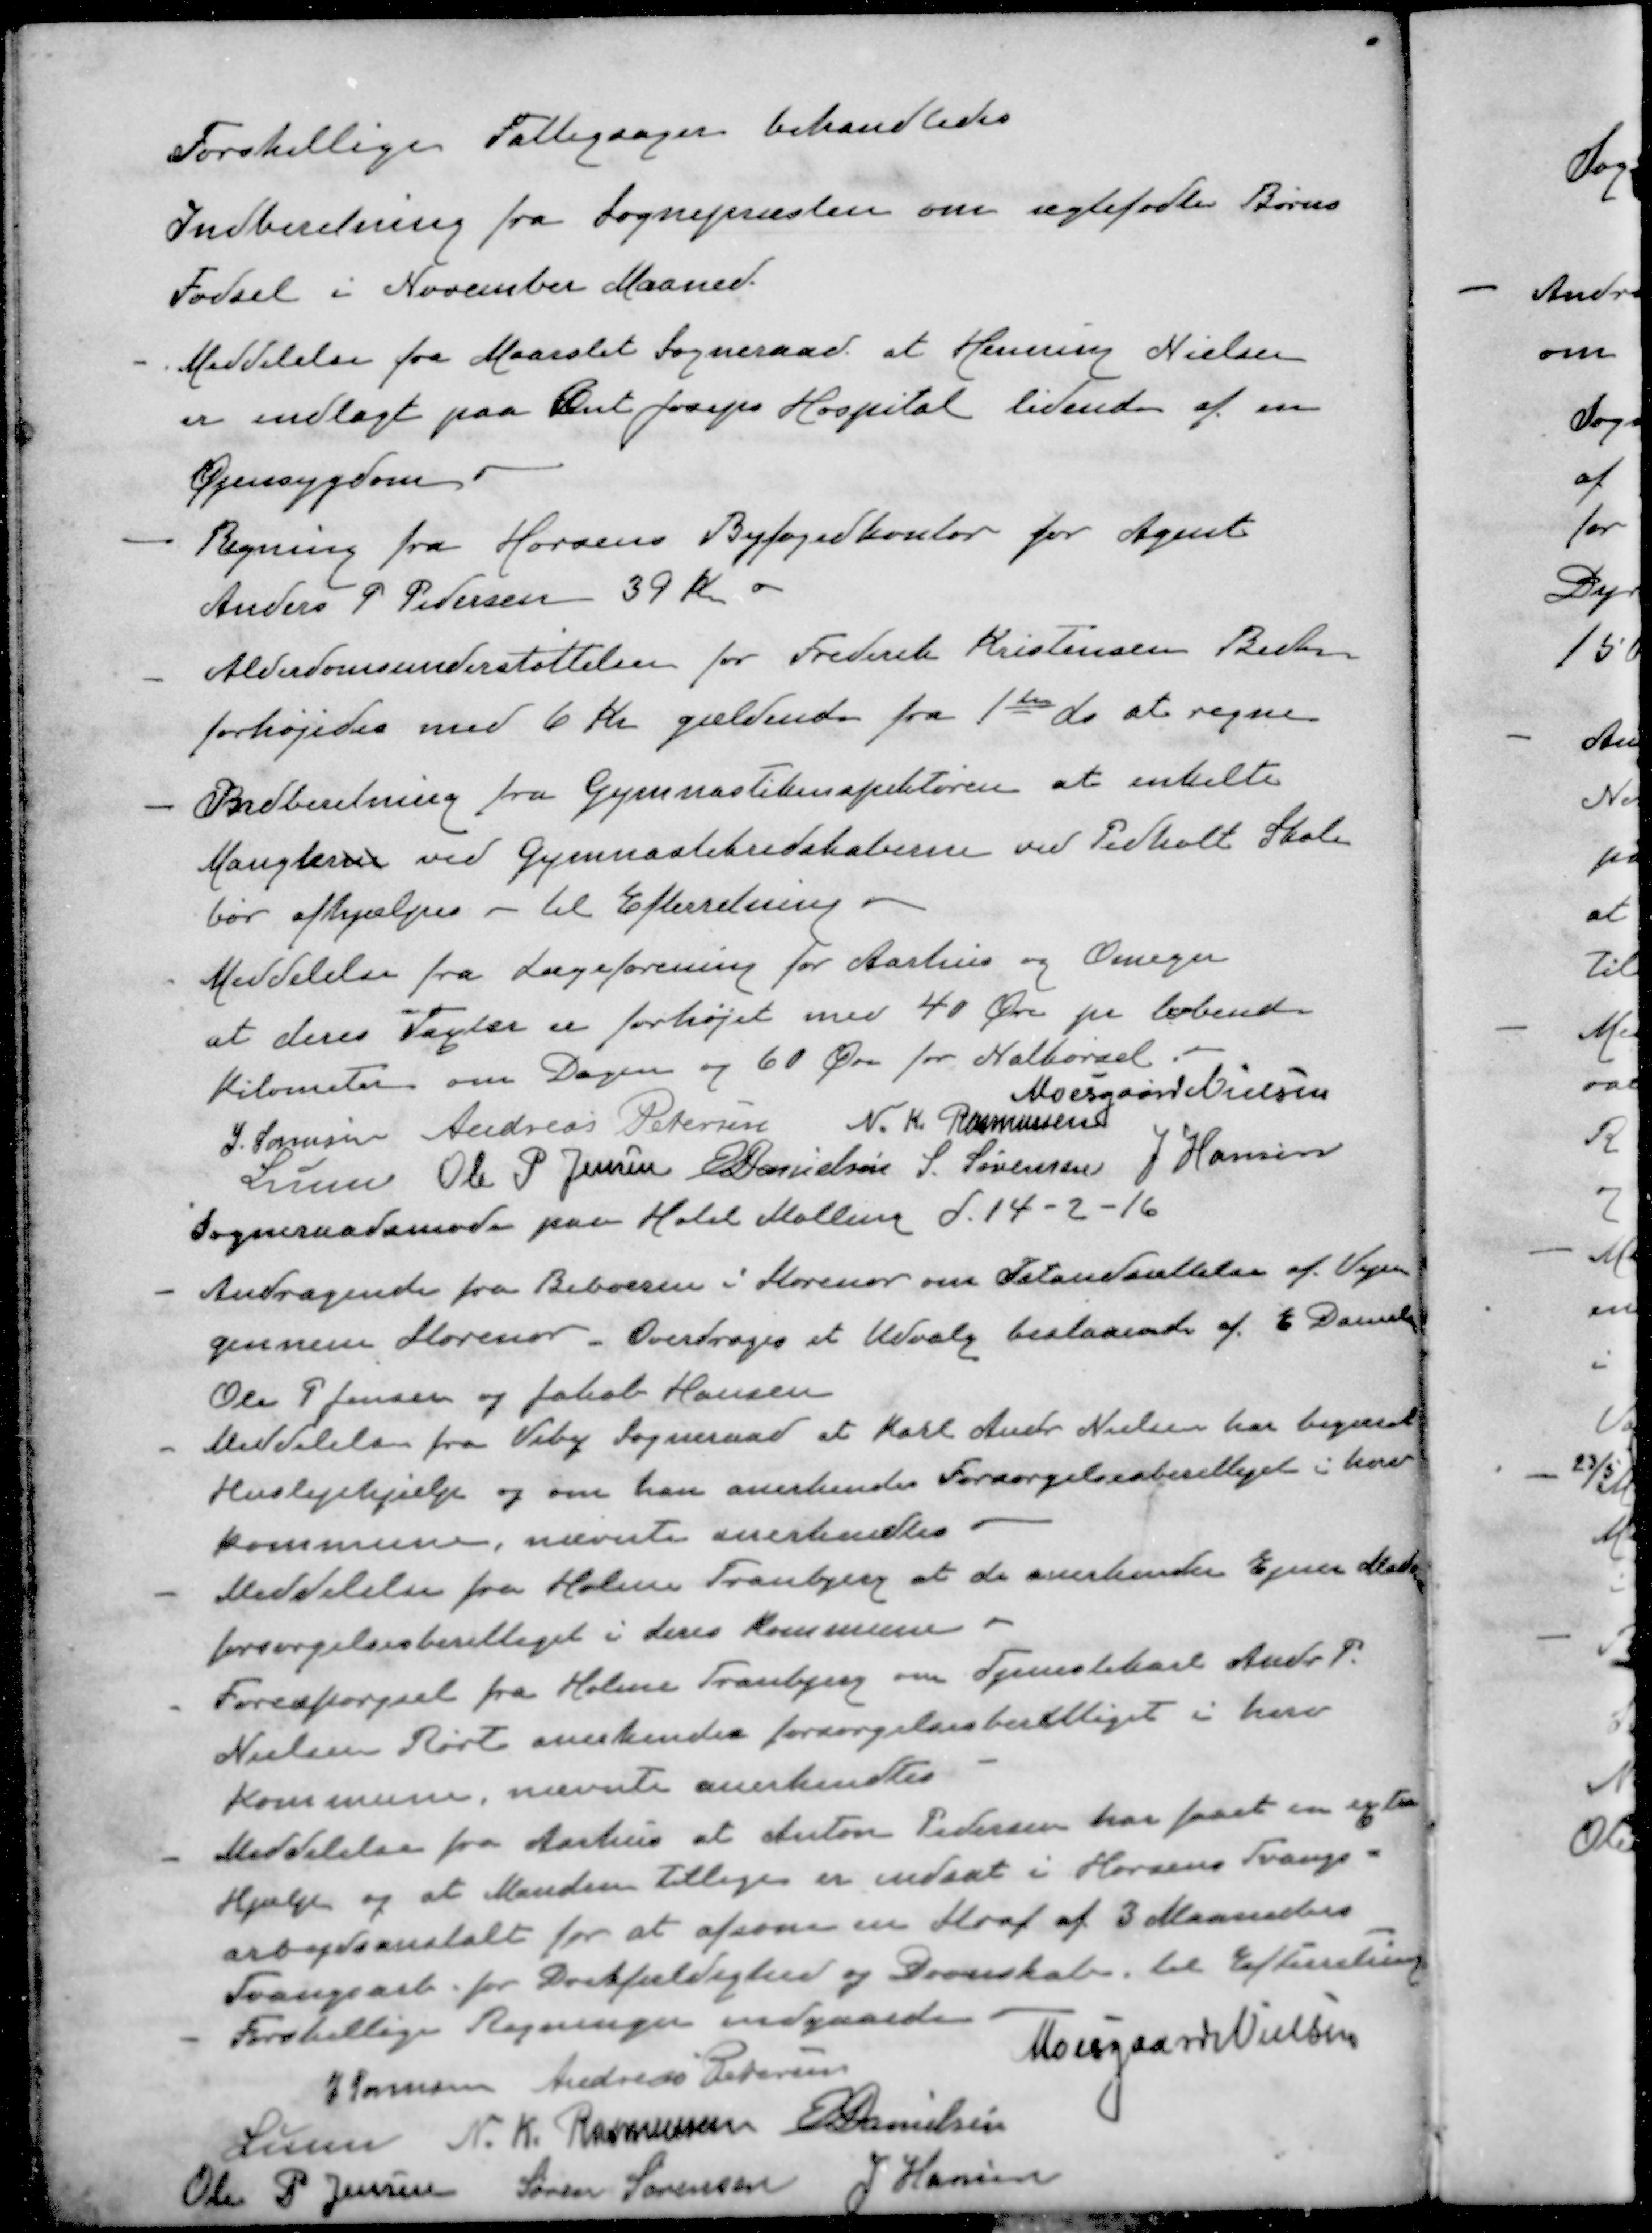
Transskription:
Forskellige Fattigsager behandledes
Indberetning fra Sognepræsten om ægtefødte Børns
Fødsel i November Maaned.
- Meddelelse fra Maarslet Sogneraad at Henning Nielsen
er indlagt paa Sct Joseps Hospital lidende af en
Øjensygdom.
- Regning fra Horsens Byfogedkontor for Agent
Anders P Pedersen 39 Kr
- Alderdomsunderstøttelsen for Frederik Kristensen Beder
forhøjedes med 6 Kr gældende fra 1ste ds at regne
- Indberetning fra Gymnastikinspektøren at enkelte
Manglerne ved Gymnastebredskaberne ved Pedholt Skole
bør afhjælpes - til Efterretning
- Meddelelse fra Lægeforening for Aarhus og Omegn
at deres Vagter er forhøjet med 40 Øre pr løbende
Kilometer om Dagen og 60 Øre for Natkørsel
Moesgaard Nielsen
J. Sørensen
Andreas Petersen
N. K. Rasmussen
Lunn
Ole P Jensen
E Danielsen
S. Sørensen
J Hansen
Sogneraadsmøde paa Hotel Malling d. 14-2-16
- Andragende fra Beboeren i Storenor om Istandsættelse af Vejen
gennem Storenor. Overdroges et Udvalg bestaaende af E Danielsen
Ole P Jensen og Jakob Hansen
- Meddelelse fra Viby Sogneraad at Karl Ander Nielsen har begæret
Huslejehjælp og om han anerkendes Forsørgelsesberettiget i herv
kommune, nævnte anerkendtes
- Meddelelse fra Holme Tranbjerg at de anerkender Ejner Madsen
forsørgelsesberettiget i deres kommune
- Forespørgsel fra Holme Tranbjerg om Tjenestekarl Andr. P.
Nielsen Rørt anerkendes forsørgelsesberettiget i herv
Kommune, nævnte anerkendtes
- Meddelelse fra Aarhus at Anton Pedersen har faaet en exter
Hjælp og at Manden tillige er indsat i Horsens Tvangs-
arbejdsanstalt for at afsone en Straf af 3 Maaneders
Tvangsarb. for Drikfældighed og Doverskab til Efterretning
Forskellige Regninger indgaaede
Moesgaard Nielsen
J Sørensen
Andreas Petersen
Lunn
N. K. Rasmusssen
E Danielsen
Ole P Jensen
Søren Sørensen
J Hansen